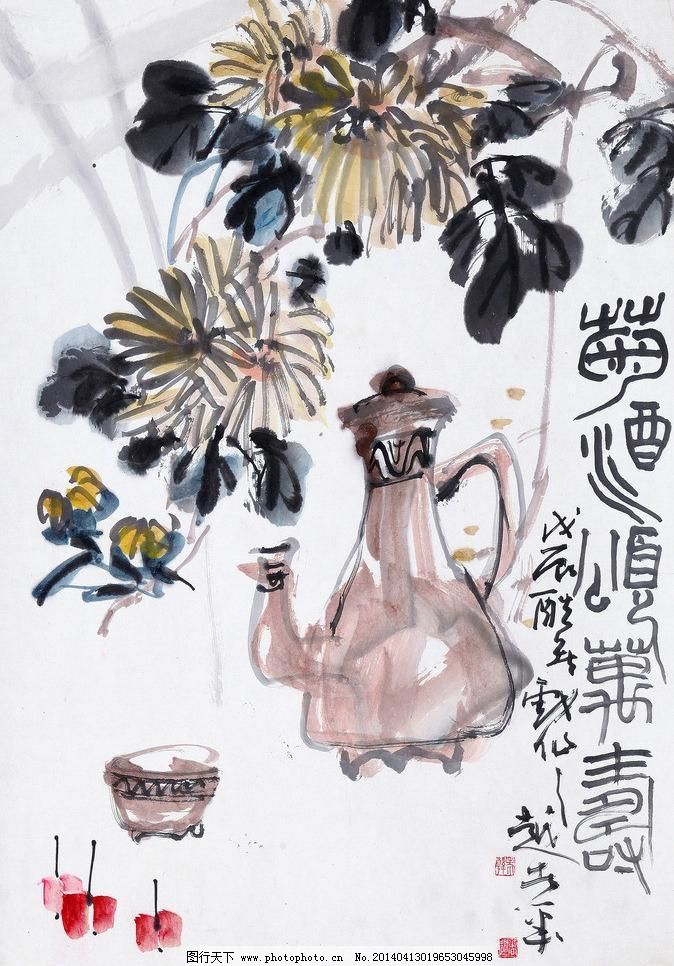
酒已都醒，如何消夜永！